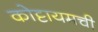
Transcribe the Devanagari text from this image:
कोट्टायमची